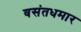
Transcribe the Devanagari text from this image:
वसंतधमार